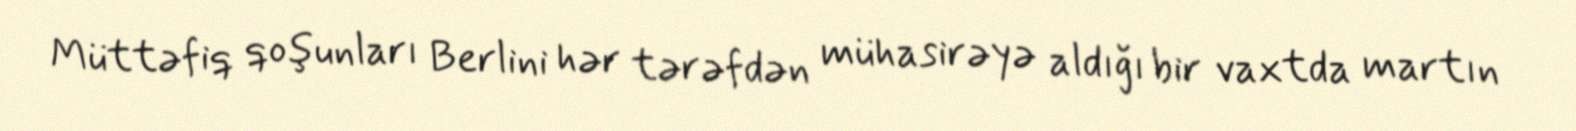
Müttəfiq qoşunları Berlini hər tərəfdən mühasirəyə aldığı bir vaxtda martın